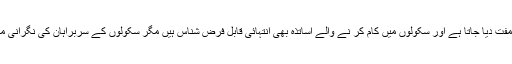
جبکہ دوسری جانب ہنزہ کے بیشتر سرکاری سکول جہاں پر تعلیم تو مفت دیا جاتا ہے اور سکولوں میں کام کر نے والے اساتذہ بھی انتہائی قابل فرض شناس ہیں مگر سکولوں کے سربراہان کی نگرانی میں عدم دلچسپی کی وجہ سے تعلیمی نظام برُی طرح متاثر ہوا گیا ہے۔